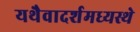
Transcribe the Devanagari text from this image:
यथैवादर्शमध्यस्थे